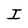
Character: I